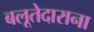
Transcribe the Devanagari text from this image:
बलूतेदाराना